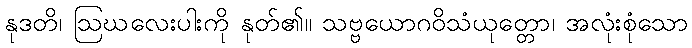
နုဒတိ၊ ဩဃလေးပါးကို နုတ်၏။ သဗ္ဗယောဂဝိသံယုတ္တော၊ အလုံးစုံသော